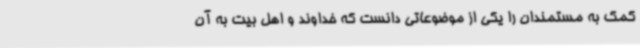
کمک به مستمندان را یکی از موضوعاتی دانست که خداوند و اهل بیت به آن